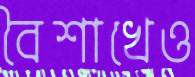
বৈশাখেও